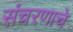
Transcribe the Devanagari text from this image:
संचरणाचे